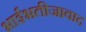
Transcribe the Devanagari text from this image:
भाईभतीजावाद